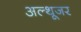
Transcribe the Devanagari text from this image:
अल्थूजर